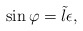
\begin{align*}\sin\varphi = \tilde l\epsilon,\end{align*}